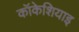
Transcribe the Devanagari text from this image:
कॉकेशियाइ